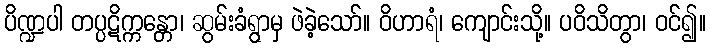
ပိဏ္ဍပါ တပ္ပဋိက္ကန္တော၊ ဆွမ်းခံရွာမှ ဖဲခဲ့သော်။ ဝိဟာရံ၊ ကျောင်းသို့။ ပဝိသိတွာ၊ ဝင်၍။